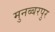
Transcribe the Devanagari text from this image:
मुनब्बरपुर